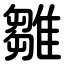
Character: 雛